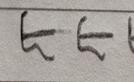
Signature authenticity: forged